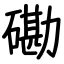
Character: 磡